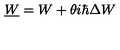
\underline { W } = W + \theta i \hbar \Delta W